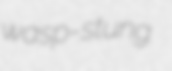
wasp-stung